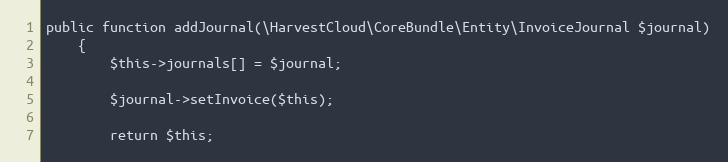
Language: PHP
public function addJournal(\HarvestCloud\CoreBundle\Entity\InvoiceJournal $journal)
    {
        $this->journals[] = $journal;

        $journal->setInvoice($this);

        return $this;